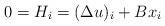
LaTeX: \begin{align*}0 = H_i = (\Delta u)_i + B x_i\end{align*}